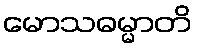
မောသဓမ္မာတိ